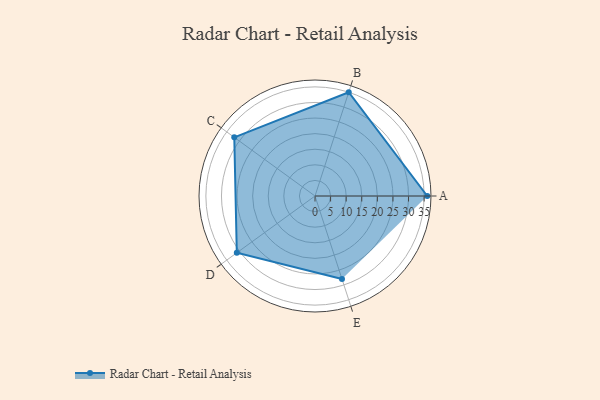
{"axis": {"x": "Skill", "y": "Score"}, "legend": ["Profile"], "data": [{"x": "A", "y": 36.0, "type": "Profile"}, {"x": "B", "y": 35.0, "type": "Profile"}, {"x": "C", "y": 32.0, "type": "Profile"}, {"x": "D", "y": 31.0, "type": "Profile"}, {"x": "E", "y": 28.0, "type": "Profile"}]}